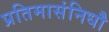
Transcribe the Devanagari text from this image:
प्रतिमासंनिधौ